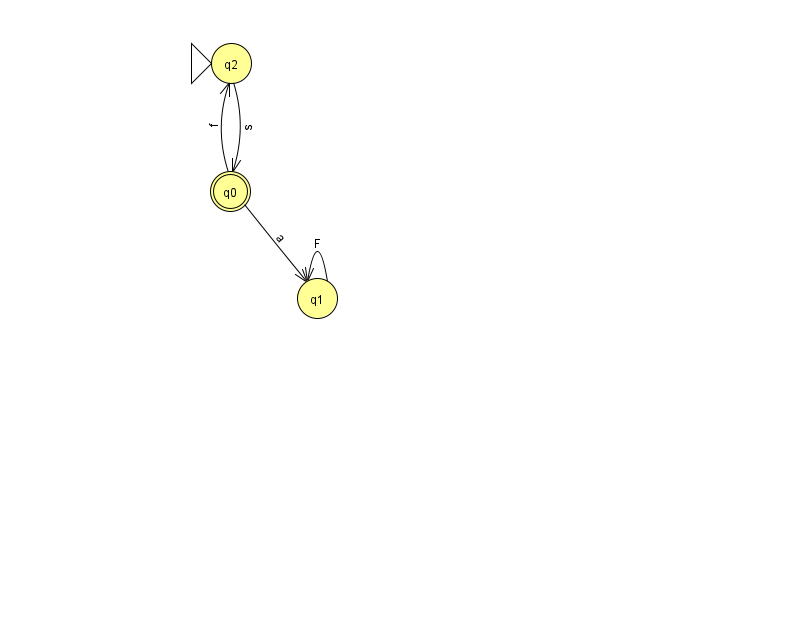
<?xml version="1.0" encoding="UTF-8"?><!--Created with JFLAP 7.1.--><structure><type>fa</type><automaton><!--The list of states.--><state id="0" name="q0"><x>230.0</x><y>178.0</y><final/></state><state id="1" name="q1"><x>317.0</x><y>285.0</y></state><state id="2" name="q2"><x>231.0</x><y>50.0</y><initial/></state><!--The list of transitions.--><transition><from>2</from><to>0</to><read>s</read></transition><transition><from>0</from><to>2</to><read>f</read></transition><transition><from>1</from><to>1</to><read>F</read></transition><transition><from>0</from><to>1</to><read>a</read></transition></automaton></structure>